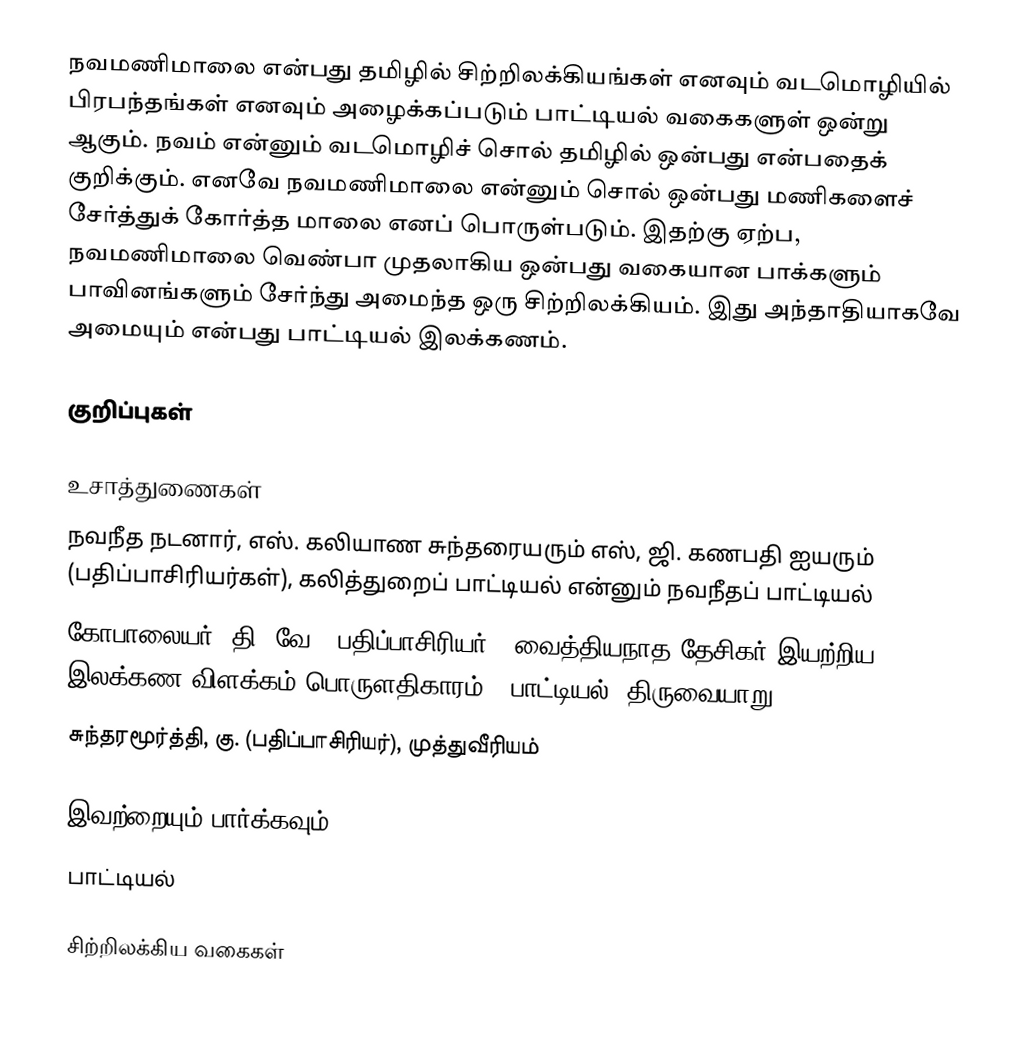
நவமணிமாலை என்பது தமிழில் சிற்றிலக்கியங்கள் எனவும் வடமொழியில் பிரபந்தங்கள் எனவும் அழைக்கப்படும் பாட்டியல் வகைகளுள் ஒன்று ஆகும். நவம் என்னும் வடமொழிச் சொல் தமிழில் ஒன்பது என்பதைக் குறிக்கும். எனவே நவமணிமாலை என்னும் சொல் ஒன்பது மணிகளைச் சேர்த்துக் கோர்த்த மாலை எனப் பொருள்படும். இதற்கு ஏற்ப, நவமணிமாலை வெண்பா முதலாகிய ஒன்பது வகையான பாக்களும் பாவினங்களும் சேர்ந்து அமைந்த ஒரு சிற்றிலக்கியம்.  இது அந்தாதியாகவே அமையும் என்பது பாட்டியல் இலக்கணம்.

குறிப்புகள்

உசாத்துணைகள்
 நவநீத நடனார், எஸ். கலியாண சுந்தரையரும் எஸ், ஜி. கணபதி ஐயரும் (பதிப்பாசிரியர்கள்), கலித்துறைப் பாட்டியல் என்னும் நவநீதப் பாட்டியல்
 கோபாலையர், தி. வே. (பதிப்பாசிரியர்), வைத்தியநாத தேசிகர் இயற்றிய இலக்கண விளக்கம் பொருளதிகாரம் - பாட்டியல், திருவையாறு.
 சுந்தரமூர்த்தி, கு. (பதிப்பாசிரியர்), முத்துவீரியம்

இவற்றையும் பார்க்கவும்
 பாட்டியல்

சிற்றிலக்கிய வகைகள்